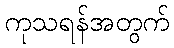
ကုသရန်အတွက်